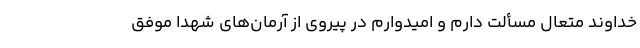
خداوند متعال مسألت دارم و امیدوارم در پیروی از آرمان‌های شهدا موفق